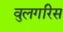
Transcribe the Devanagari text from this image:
वुलगरिस